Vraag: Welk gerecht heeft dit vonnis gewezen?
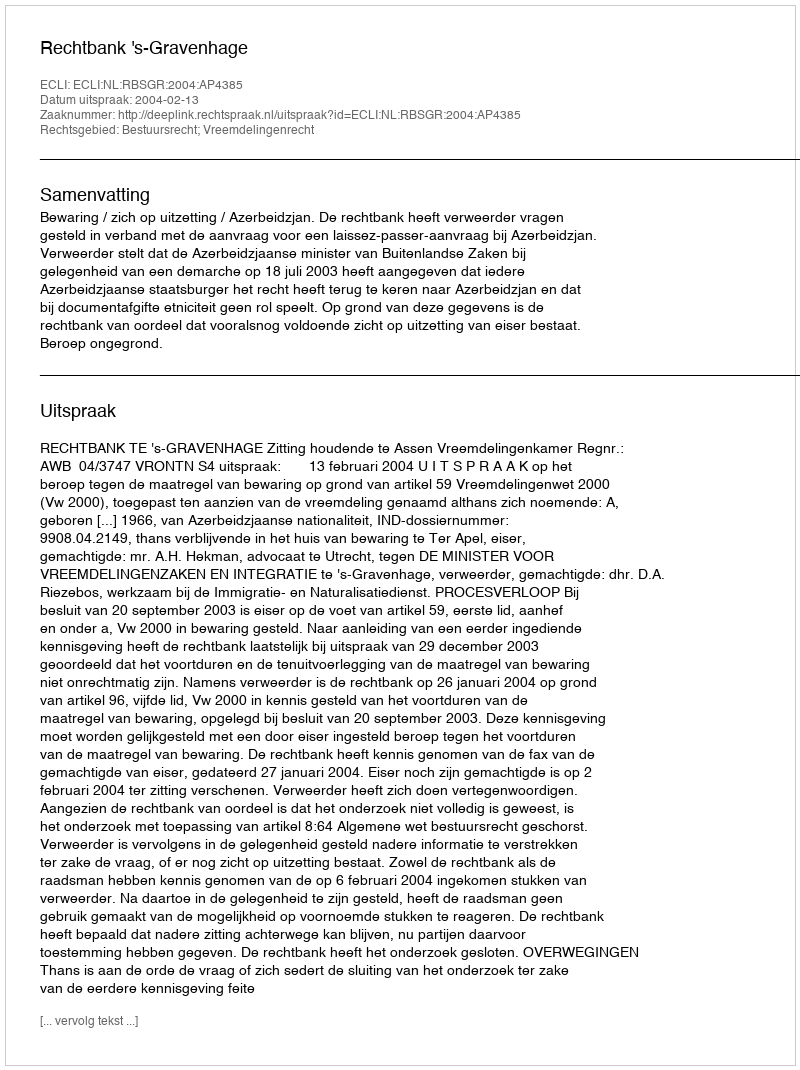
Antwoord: Rechtbank 's-Gravenhage